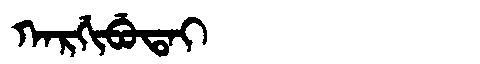
Manchu: ᡴᠠᡵᡤᡳᠪᡠᡨᠠᡳ
Romanization: KARGIBUTAI